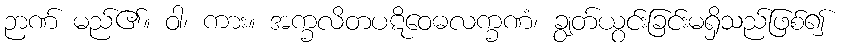
ဉာဏ် မည်၏။ ဝါ၊ ကား။ အက္ခလိတပဋိဝေဓလက္ခဏံ၊ ချွတ်ယွင်းခြင်းမရှိသည်ဖြစ်၍